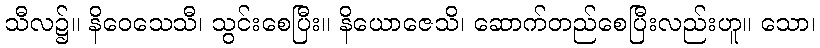
သီလ၌။ နိဝေသေသီ၊ သွင်းစေပြီး။ နိယောဇေသိ၊ ဆောက်တည်စေပြီးလည်းဟူ။ သော၊